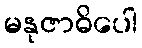
မနုဇာဓိပေါ